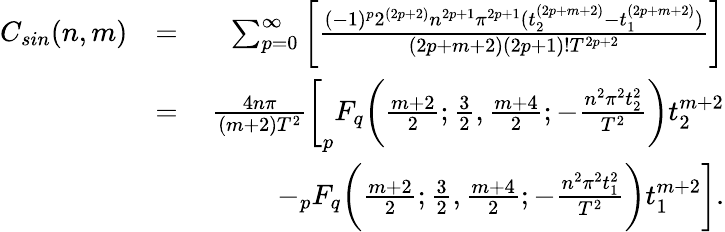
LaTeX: \begin{array}{rlr}{C_{sin}(n,m)}&{=}&{\sum_{p=0}^{\infty}\bigg[\frac{(-1)^{p}2^{(2p+2)}n^{2p+1}\pi^{2p+1}(t_{2}^{(2p+m+2)}-t_{1}^{(2p+m+2)})}{(2p+m+2)(2p+1)!T^{2p+2}}\bigg]}\\ &{=}&{\frac{4n\pi}{(m+2)T^{2}}\bigg[_{p}F_{q}\bigg(\frac{m+2}{2};\frac{3}{2},\frac{m+4}{2};-\frac{n^{2}\pi^{2}t_{2}^{2}}{T^{2}}\bigg)t_{2}^{m+2}}\\ &{\quad}&{-_{p}F_{q}\bigg(\frac{m+2}{2};\frac{3}{2},\frac{m+4}{2};-\frac{n^{2}\pi^{2}t_{1}^{2}}{T^{2}}\bigg)t_{1}^{m+2}\bigg].}\end{array}